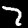
Digit: 7